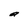
Character: a